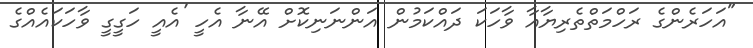
"އަހަރެންގެ ރަހްމަތްތެރިޔާއާ ވާހަކަ ދައްކަމުން އަންނަނިކޮށް އޭނާ އެހީ 'އެއީ ހަގީގީ ވާހަކައެއްގެ